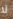
لا